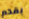
بقدم